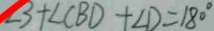
\angle 3 + \angle C B D + \angle D = 1 8 0 ^ { \circ }